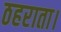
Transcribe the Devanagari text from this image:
ठहराता।